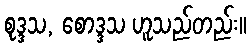
စုဒ္ဒသ, စောဒ္ဒသ ဟူသည်တည်း။